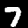
Label: 7